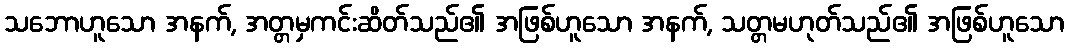
သဘောဟူသော အနက်, အတ္တမှကင်းဆိတ်သည်၏ အဖြစ်ဟူသော အနက်, သတ္တမဟုတ်သည်၏ အဖြစ်ဟူသော